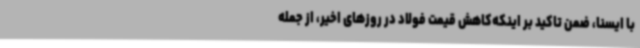
با ایسنا، ضمن تاکید بر اینکه‌کاهش قیمت فولاد در روزهای اخیر، از جمله